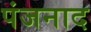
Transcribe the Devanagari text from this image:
पंजनाद